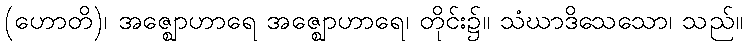
(ဟောတိ)၊ အဇ္ဈောဟာရေ အဇ္ဈောဟာရေ၊ တိုင်း၌။ သံဃာဒိသေသော၊ သည်။